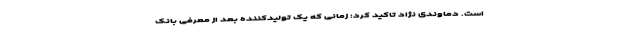
است. دماوندی نژاد تاکید کرد: زمانی که یک تولیدکننده بعد از معرفی بانک